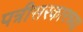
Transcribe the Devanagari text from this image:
पत्रीसरकारच्या